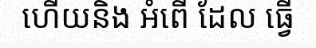
ហើយនិង អំពើ ដែល ធ្វើ